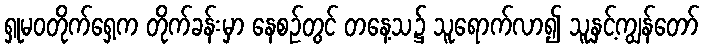
ရှုမဝတိုက်ရှေ့က တိုက်ခန်းမှာ နေစဉ်တွင် တနေ့သ၌ သူရောက်လာ၍ သူနှင့်ကျွန်တော်